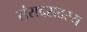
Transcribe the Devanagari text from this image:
संसद्सदस्य